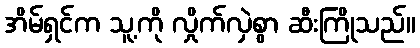
အိမ်ရှင်က သူ့ကို လှိုက်လှဲစွာ ဆီးကြိုသည်။